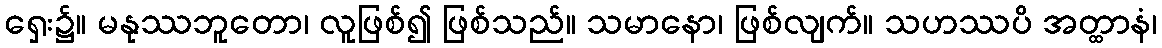
ရှေး၌။ မနုဿဘူတော၊ လူဖြစ်၍ ဖြစ်သည်။ သမာနော၊ ဖြစ်လျက်။ သဟဿပိ အတ္ထာနံ၊